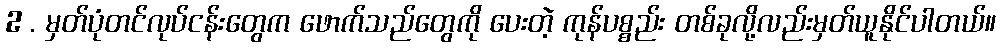
2 . မှတ်ပုံတင်လုပ်ငန်းတွေက ဖောက်သည်တွေကို ပေးတဲ့ ကုန်ပစ္စည်း တစ်ခုလို့လည်းမှတ်ယူနိုင်ပါတယ်။